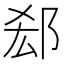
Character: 郄